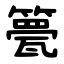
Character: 䉚